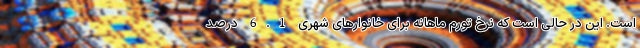
است. این در حالی است که نرخ تورم ماهانه برای خانوارهای شهری 6.1 درصد